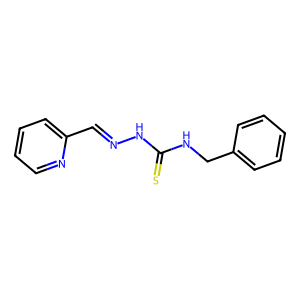
SMILES: S=C(NCc1ccccc1)NN=Cc1ccccn1
Inhibits HIV replication: No